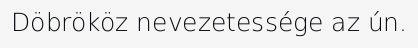
Döbrököz nevezetessége az ún.